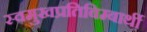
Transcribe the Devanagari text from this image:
स्वमुखप्रतिबिम्बार्थी